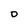
Character: O